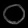
Digit: ၀